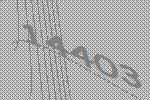
14403